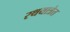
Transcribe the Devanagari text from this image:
रथयात्रेत